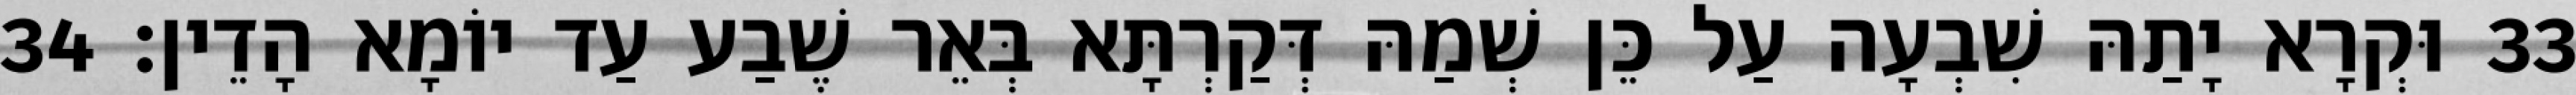
33 וּקְרָא יָתַהּ שִׁבְעָה עַל כֵּן שְׁמַהּ דְּקַרְתָּא בְּאֵר שֶׁבַע עַד יוֹמָא הָדֵין׃ 34